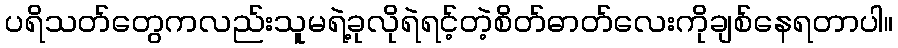
ပရိသတ်တွေကလည်းသူမရဲ့ခုလိုရဲရင့်တဲ့စိတ်ဓာတ်လေးကိုချစ်နေရတာပါ။